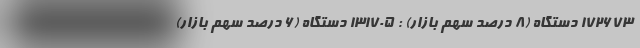
172673 دستگاه (8 درصد سهم بازار) : 131705 دستگاه (6 درصد سهم بازار)